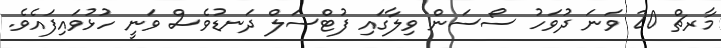
މާރޗް 20 ވަނަ ދުވަހު ސޯސަން ވިލާގައި ފުޓްސަލް ދަނޑުވެސް ވަނީ ހުޅުވައިފައެވެ.